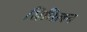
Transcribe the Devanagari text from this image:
सिमिलन